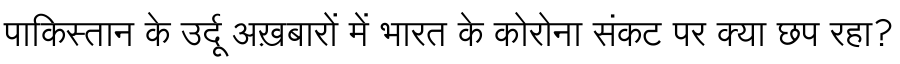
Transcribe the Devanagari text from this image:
पाकिस्तान के उर्दू अख़बारों में भारत के कोरोना संकट पर क्या छप रहा?